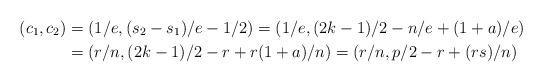
LaTeX: \begin{align*}(c_1,c_2)&=(1/e,(s_2-s_1)/e-1/2)=(1/e,(2k-1)/2-n/e+(1+a)/e)\\&=(r/n,(2k-1)/2-r+r(1+a)/n)=(r/n,p/2-r+(rs)/n)\end{align*}